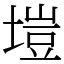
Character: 塏